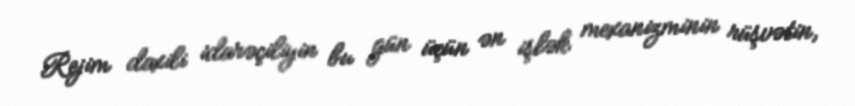
Rejim daxili idarəçiliyin bu gün üçün ən işlək mexanizminin rüşvətin,